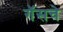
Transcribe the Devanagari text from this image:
गॅसचे